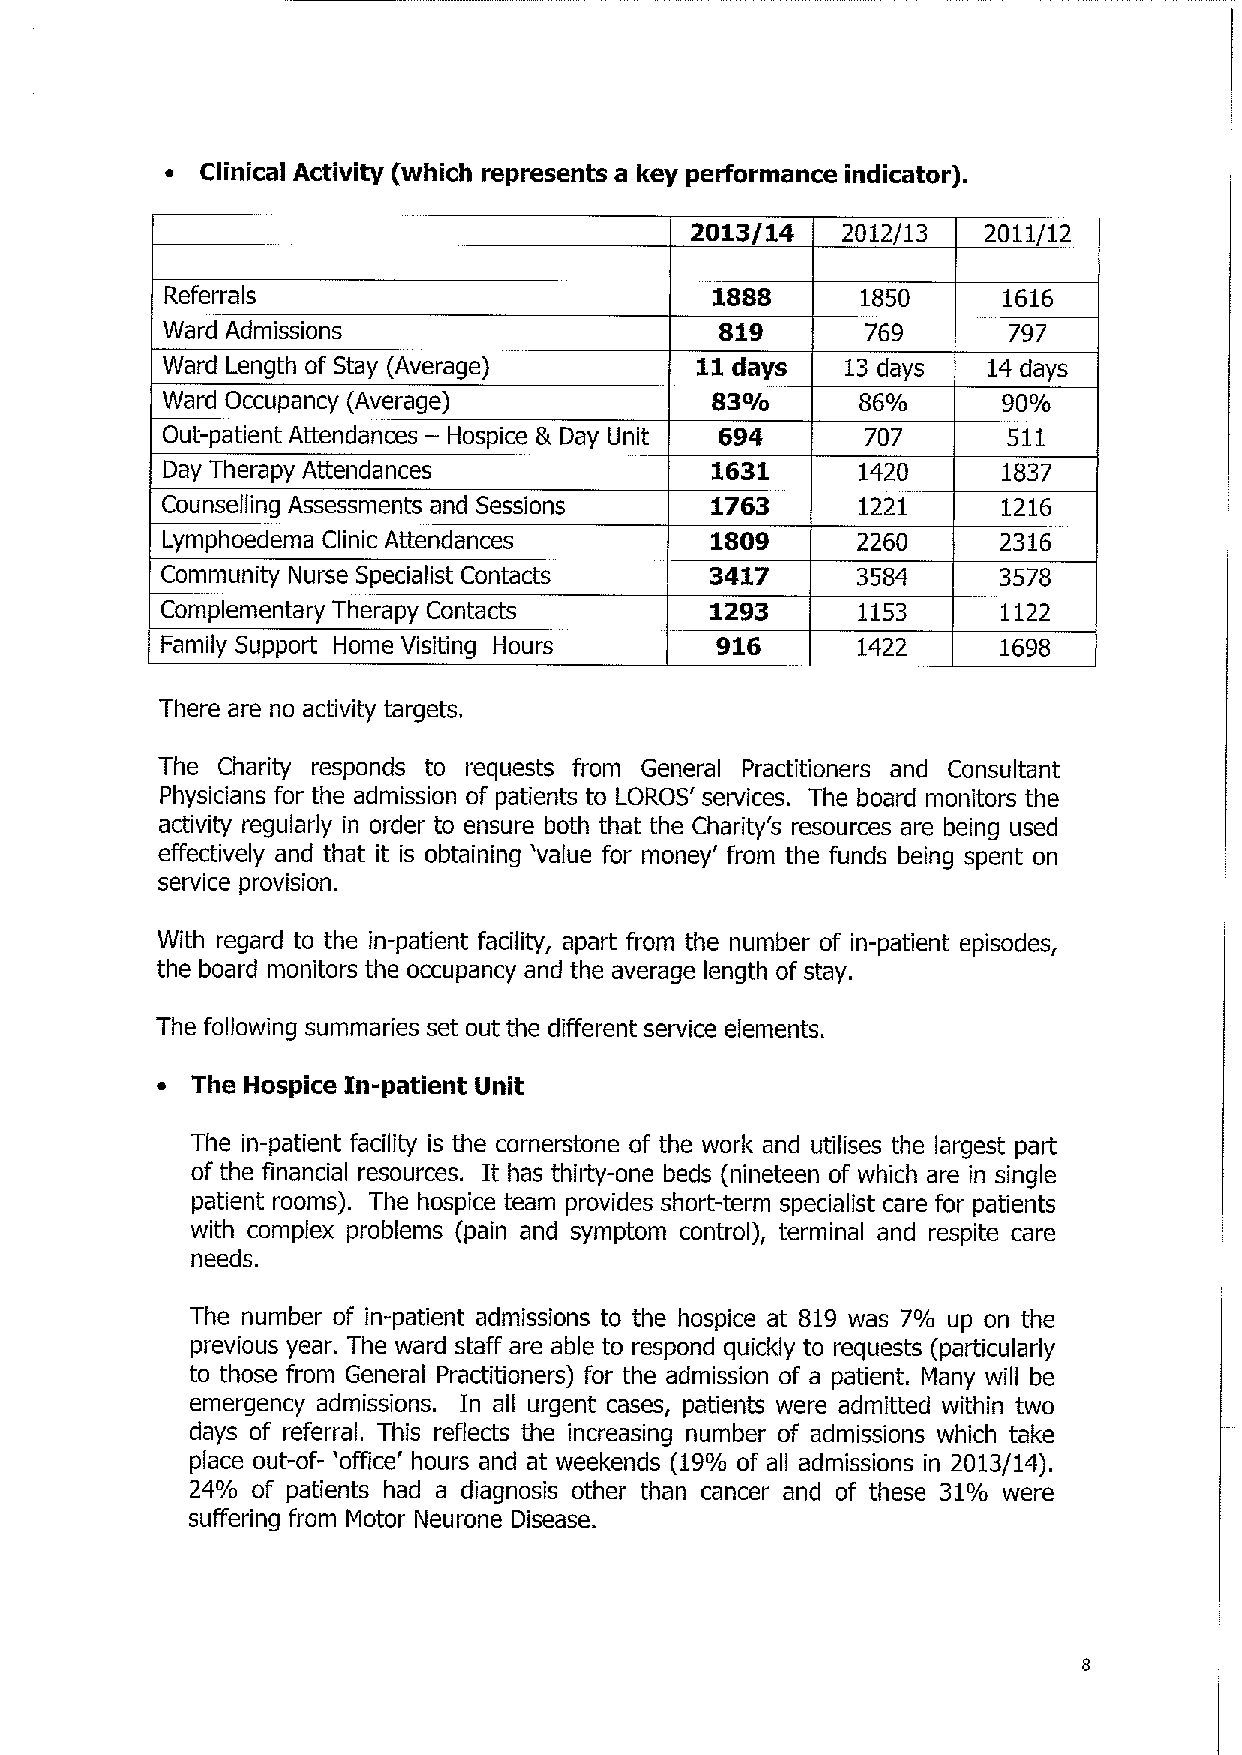
• Clinical Activity (which represents a key performance indicator).
 2013/14   2012/13  2011/12
 Referrals                           1888      1850     1616
 Ward Admissions                      819      769       797
 Ward Length of Stay (Average)      11 days   13 days  14 days
 Ward Occupancy (Average)            83%       86%      90%
 Out-patient Attendances — Hospice & Day Unit 694 707    511
 Day Therapy Attendances             1631      1420     1837
 Counselling Assessments and Sessions 1763     1221     1216
 Lymphoedema Clinic Attendances      1809      2260     2316
 Community Nurse Specialist Contacts 3417      3584     3578
 Complementary Therapy Contacts      1293      1153     1122
 Family Support Home Visiting Hours  916       1422     1698
 There are no activity targets!
 The Charity responds to requests from General Practitioners and Consultant
 Physicians for the admission of patients to LOROS' services. The board monitors the
 activity regularly in order to ensure both that the Charity's resources are being used
 effectively and that it is obtaining 'value for money' from the funds being spent on
 service provision.
 With regard to the in-patient facility, apart from the number of in-patient episodes,
 the board monitors the occupancy and the average length of stay.
 The following summaries set out the different service elements.
 • The Hospice In patient Unit
 -
 The in-patient facility is the cornerstone of the work and utilises the largest part
 of the financial resources. It has thirty-one beds (nineteen of which are in single
 patient rooms). The hospice team provides short-term specialist care for patients
 with complex problems (pain and symptom control), terminal and respite care
 needs.
 The number of in-patient admissions to the hospice at 819 was 7% up on the
 previous year. The ward staff are able to respond quickly to requests (particularly
 to those from General Practitioners) for the admission of a patient. Many will be
 emergency admissions. In all urgent cases, patients were admitted within two
 days of referral. This reflects the increasing number of admissions which take
 place out-of- 'office' hours and at weekends (19% of all admissions in 2013/14).
 24% of patients had a diagnosis other than cancer and of these 31% were
 suffering from Motor Neurone Disease.
 8